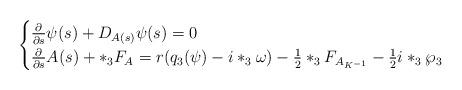
LaTeX: \begin{align*} \begin{cases} \frac{\partial}{\partial s}\psi(s) + D_{A(s)} \psi(s) =0 \\\frac{\partial}{\partial s}A(s) + *_3F_A= r(q_3(\psi )-i*_3\omega)- \frac{1}{2}*_3F_{A_{K^{-1}}} - \frac{1}{2}i*_3 \wp_3 \\ \end{cases}\end{align*}